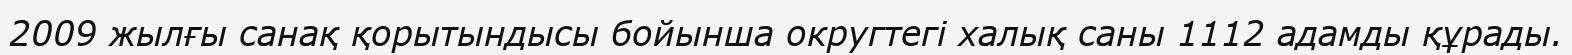
2009 жылғы санақ қорытындысы бойынша округтегі халық саны 1112 адамды құрады.